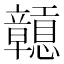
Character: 𥫒